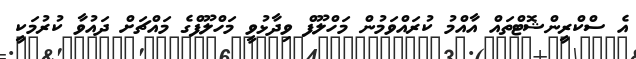
އެ ސްކްރީންޝޮޓްތައް އާއްމު ކުރައްވަމުން މަހްލޫފް ވިދާޅުވީ މަހްލޫފްގެ މައްޗަށް ދައުވާ ކުރުމަކީ